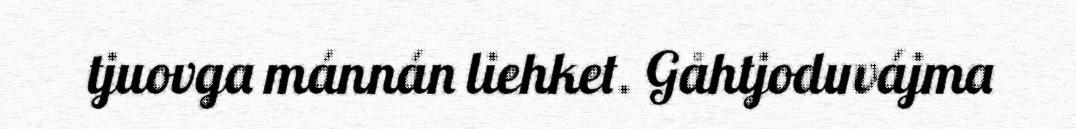
tjuovga mánnán liehket. Gåhtjoduvájma